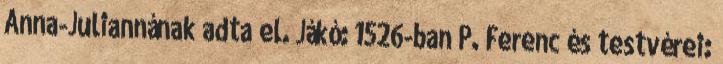
Anna-Juliannának adta el. Jákó: 1526-ban P. Ferenc és testvérei: